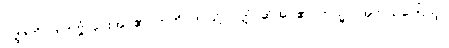
ဝတ္ထုကို။ ဒါတဗ္ဗံ၊ ပေးအပ်၏။ ဣတိ၊ ဤသို့။ ဝုတ္တံ၊ ဆိုအပ်၏။ ကသ္မာ၊ အဘယ်ကြောင့်။